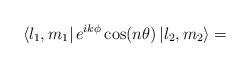
LaTeX: \begin{align*}\left\langle l_1, m_1 \right| e^{i k \phi} \cos(n \theta) \left| l_2 , m_2\right\rangle=\end{align*}